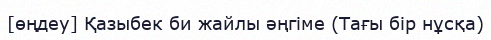
[өңдеу] Қазыбек би жайлы әңгіме (Тағы бір нұсқа)